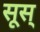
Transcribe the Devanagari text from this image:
सूस्